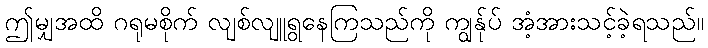
ဤမျှအထိ ဂရုမစိုက် လျစ်လျူရွနေကြသည်ကို ကျွန်ုပ် အံ့အားသင့်ခဲ့ရသည်။